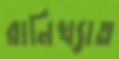
রানিখ্যাত